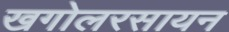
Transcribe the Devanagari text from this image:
खगोलरसायन